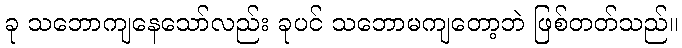
ခု သဘောကျနေသော်လည်း ခုပင် သဘောမကျတော့ဘဲ ဖြစ်တတ်သည်။